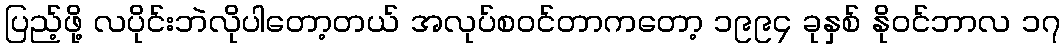
ပြည့်ဖို့ လပိုင်းဘဲလိုပါတော့တယ် အလုပ်စဝင်တာကတော့ ၁၉၉၄ ခုနှစ် နိုဝင်ဘာလ ၁၇